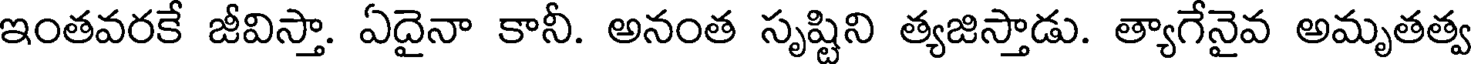
ఇంతవరకే జీవిస్తా. ఏదైనా కానీ. అనంత సృష్టిని త్యజిస్తాడు. త్యాగేనైవ అమృతత్వ